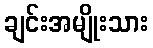
ချင်းအမျိုးသား